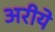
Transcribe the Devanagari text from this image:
अरीये